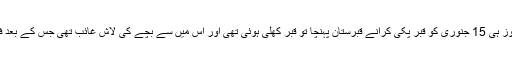
فوت شدہ بچے کا والد فرحان اگلے روز ہی 15 جنوری کو قبر پکی کرانے قبرستان پہنچا تو قبر کھلی ہوئی تھی اور اس میں سے بچے کی لاش غائب تھی جس کے بعد فرحان نے تھانے میں رپورٹ کرائی۔